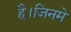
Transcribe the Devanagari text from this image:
है।जिनमे